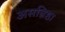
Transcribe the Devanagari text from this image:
असन्निष्ठा